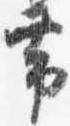
帯